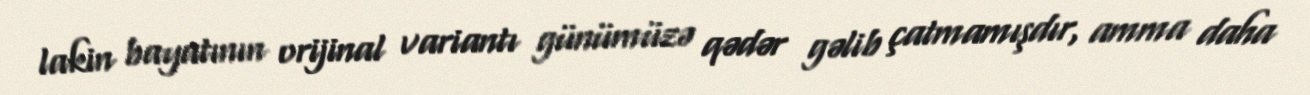
lakin bayatının orijinal variantı günümüzə qədər gəlib çatmamışdır, amma daha